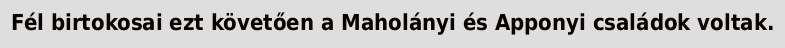
Fél birtokosai ezt követően a Maholányi és Apponyi családok voltak.